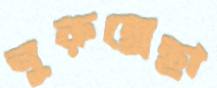
নুরুন্নেছা